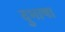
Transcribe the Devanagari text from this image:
दुभाषा